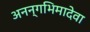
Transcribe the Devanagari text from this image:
अनन्गभिमादेवा